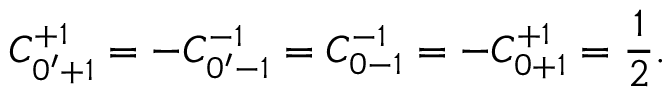
C _ { 0 ^ { \prime } + 1 } ^ { + 1 } = - C _ { 0 ^ { \prime } - 1 } ^ { - 1 } = C _ { 0 - 1 } ^ { - 1 } = - C _ { 0 + 1 } ^ { + 1 } = \frac { 1 } { 2 } .